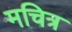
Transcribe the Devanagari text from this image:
मचित्र